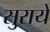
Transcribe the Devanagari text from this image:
सुराये